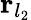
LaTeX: {\mathbf r}_{l_{2}}